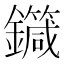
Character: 𨮼